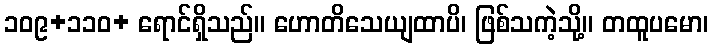
၁၀၉+၁၁၀+ ရောင်ရှိသည်။ ဟောတိသေယျထာပိ၊ ဖြစ်သကဲ့သို့။ တထူပမော၊